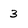
Character: 3